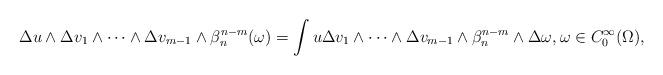
LaTeX: \begin{align*}\Delta u\wedge\Delta v_1\wedge\dots\wedge \Delta v_{m-1}\wedge\beta_n^{n-m}(\omega) =\int u\Delta v_1\wedge\dots\wedge \Delta v_{m-1}\wedge\beta_n^{n-m}\wedge\Delta \omega, \omega \in C_0^{\infty}(\Omega), \end{align*}